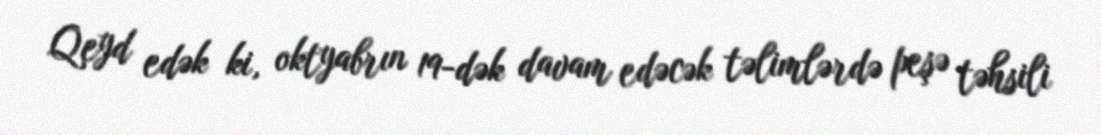
Qeyd edək ki, oktyabrın 19-dək davam edəcək təlimlərdə peşə təhsili